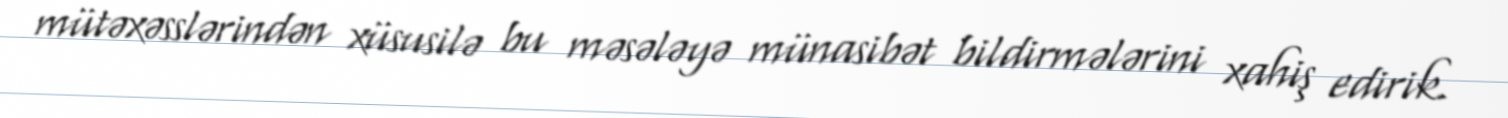
mütəxəsslərindən xüsusilə bu məsələyə münasibət bildirmələrini xahiş edirik.